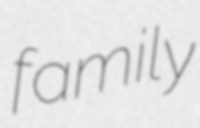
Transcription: family